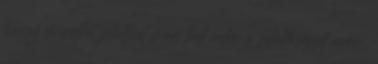
hogy mindkét jelöltnél meg kell adni a lehetőséget arra,